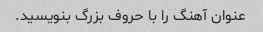
عنوان آهنگ را با حروف بزرگ بنویسید.